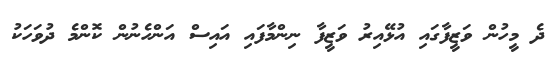
ދެ މީހުން ވަޒީފާގައި އުޅޭއިރު ވަޒީފާ ނިންމާފައި އައިސް އަންހެނުން ކޮންމެ ދުވަހަކު